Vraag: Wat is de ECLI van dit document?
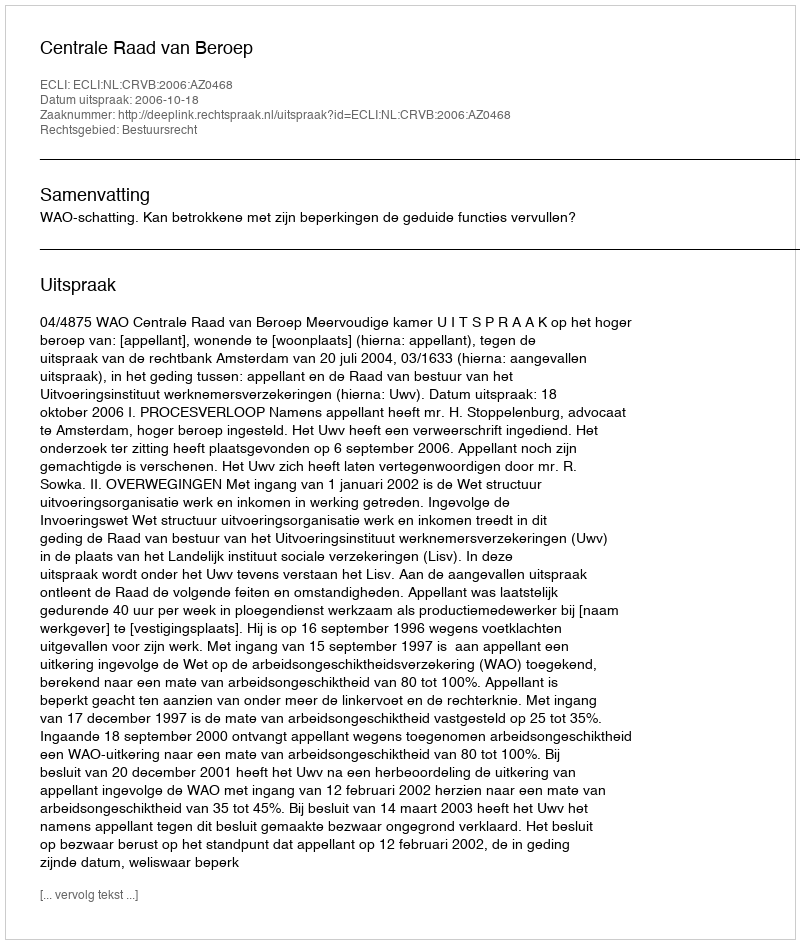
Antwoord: ECLI:NL:CRVB:2006:AZ0468